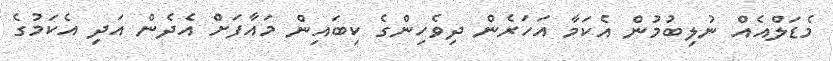
މެޑަލްއެއް ނުލިބުމުން އެކަމާ އަހަރެން ދިވެހިންގެ ކިބައިން މައާފަށް އެދެން އަދި އެކަމުގެ